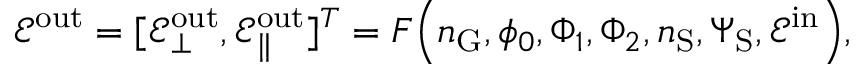
\mathcal { E } ^ { \mathrm { o u t } } = [ \mathcal { E } _ { \bot } ^ { \mathrm { o u t } } , \mathcal { E } _ { \| } ^ { \mathrm { o u t } } ] ^ { T } = F \Big ( \mathfrak { n } _ { \mathrm { G } } , \phi _ { 0 } , \Phi _ { 1 } , \Phi _ { 2 } , \mathfrak { n } _ { \mathrm { S } } , { \Psi } _ { \mathrm { S } } , \mathcal { E } ^ { \mathrm { i n } } \Big ) ,